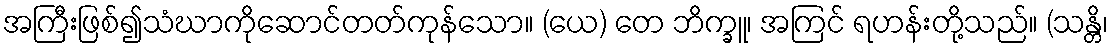
အကြီးဖြစ်၍သံဃာကိုဆောင်တတ်ကုန်သော။ (ယေ) တေ ဘိက္ခူ၊ အကြင် ရဟန်းတို့သည်။ (သန္တိ၊